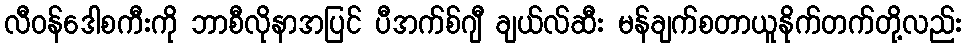
လီဝန်ဒေါစကီးကို ဘာစီလိုနာအပြင် ပီအက်စ်ဂျီ ချယ်လ်ဆီး မန်ချက်စတာယူနိုက်တက်တို့လည်း